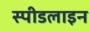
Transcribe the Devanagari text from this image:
स्पीडलाइन